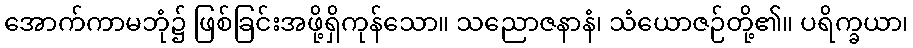
အောက်ကာမဘုံ၌ ဖြစ်ခြင်းအဖို့ရှိကုန်သော။ သညောဇနာနံ၊ သံယောဇဉ်တို့၏။ ပရိက္ခယာ၊